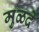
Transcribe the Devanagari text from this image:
मुळदे